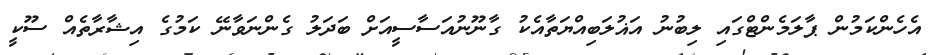
އެހެންކަމުން ޕާލަމެންޓްގައި ލިބުނު އަޣުލަބިއްޔަތާއެކު ގާނޫނުއަސާސީއަށް ބަދަލު ގެންނަވާނޭ ކަމުގެ އިޝާރާތެއް ސޫކީ